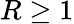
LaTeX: R\geq 1